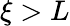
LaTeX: \xi>L